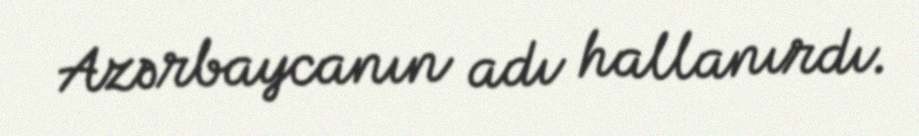
Azərbaycanın adı hallanırdı.